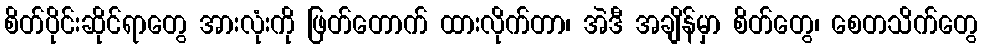
စိတ်ပိုင်းဆိုင်ရာတွေ အားလုံးကို ဖြတ်တောက် ထားလိုက်တာ၊ အဲဒီ အချိန်မှာ စိတ်တွေ၊ စေတသိက်တွေ